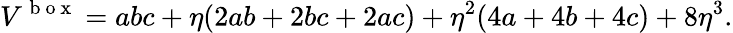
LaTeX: V^{\mathrm{~b~o~x~}}=abc+\eta(2ab+2bc+2ac)+\eta^{2}(4a+4b+4c)+8\eta^{3}.